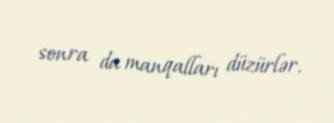
sonra da manqalları düzürlər.